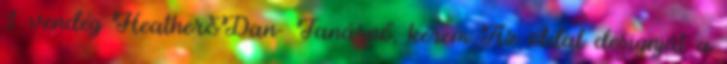
1 vendég Heather&Dan- Tanárnő, kérem Az oldal designját a